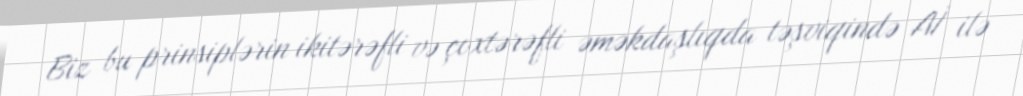
Biz bu prinsiplərin ikitərəfli və çoxtərəfli əməkdaşlıqda təşviqində Aİ ilə